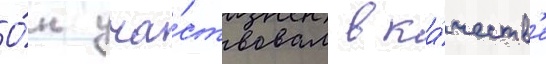
О́н уча́ствовал в ка́честв'е